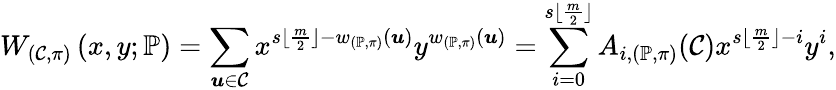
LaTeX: W_{(\mathcal{C},\pi)}\left(x,y;\mathbb{P}\right)=\sum_{\boldsymbol{u}\in\mathcal{C}}x^{s\lfloor\frac{m}{2}\rfloor-w_{(\mathbb{P},\pi)}(\boldsymbol{u})}y^{w_{(\mathbb{P},\pi)}(\boldsymbol{u})}=\sum_{i=0}^{s\lfloor\frac{m}{2}\rfloor}A_{i,(\mathbb{P},\pi)}(\mathcal{C})x^{s\lfloor\frac{m}{2}\rfloor-i}y^{i},